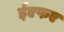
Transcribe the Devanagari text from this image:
ईएफए